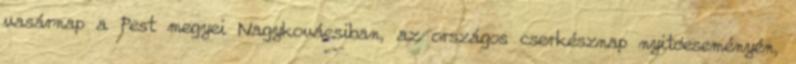
vasárnap a Pest megyei Nagykovácsiban, az országos cserkésznap nyitóeseményén,